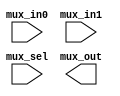
// This program was cloned from: https://github.com/chipsalliance/aib-phy-hardware
// License: Apache License 2.0

// SPDX-License-Identifier: Apache-2.0
// Copyright (C) 2019 Intel Corporation. 
//****************************************************************************************
// Copyright (C) 2011 Altera Corporation. 
//
//****************************************************************************************

//------------------------------------------------------------------------
// Description: standard 2 to 1 mux
//
//------------------------------------------------------------------------

module altr_hps_mux21
    (
    input  wire              mux_in0,     // mux in 0
    input  wire              mux_in1,     // mux in 1
    input  wire              mux_sel,     // mux selector
    output  wire             mux_out      // mux out
     );

`ifdef ALTR_HPS_INTEL_MACROS_OFF
    assign mux_out = mux_sel ? mux_in1 : mux_in0;
`else

`endif

endmodule // altr_hps_mux21